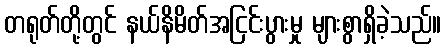
တရုတ်တို့တွင် နယ်နိမိတ်အငြင်းပွားမှု များစွာရှိခဲ့သည်။